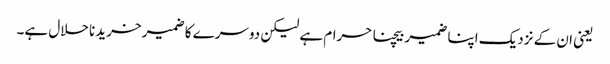
یعنی ان کے نزدیک اپنا ضمیر بیچنا حرام ہے لیکن دوسرے کا ضمیر خریدنا حلال ہے۔